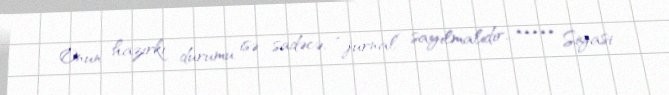
Onun hazırkı durumu isə sadəcə, “jurnal” sayılmalıdır... ***** Siyasi